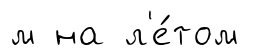
м на л'е́том